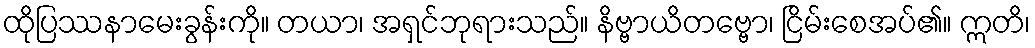
ထိုပြဿနာမေးခွန်းကို။ တယာ၊ အရှင်ဘုရားသည်။ နိဗ္ဗာယိတဗ္ဗော၊ ငြိမ်းစေအပ်၏။ ဣတိ၊